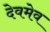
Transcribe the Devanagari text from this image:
देवमेव